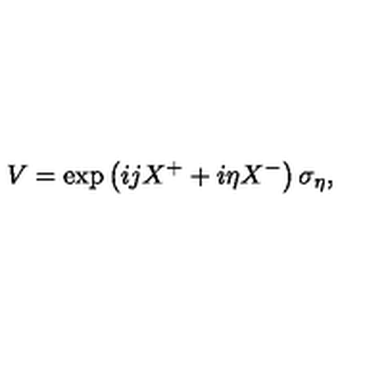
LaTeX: V = \exp \left( i j X ^ { + } + i \eta X ^ { - } \right) \sigma _ { \eta } ,